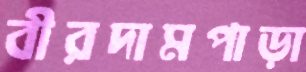
বীরদামপাড়া